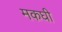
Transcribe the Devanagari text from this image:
मकघी